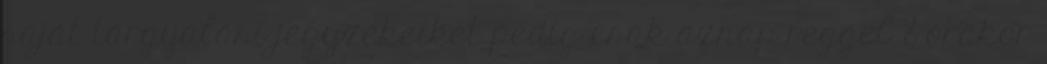
saját tárgyalási jegyzékeiket pedig csak aznap reggel 8 órakor